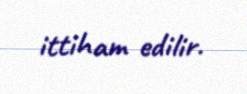
ittiham edilir.